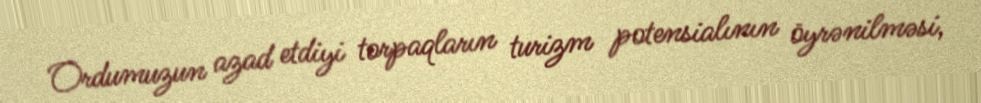
Ordumuzun azad etdiyi torpaqların turizm potensialının öyrənilməsi,